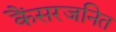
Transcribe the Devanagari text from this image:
कैंसरजनित